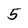
Character: 5